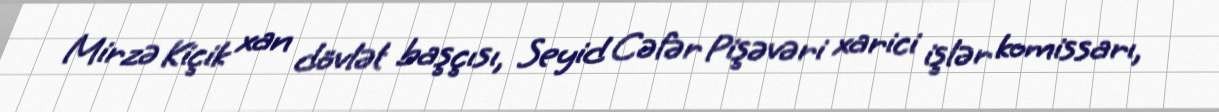
Mirzə Kiçik xan dövlət başçısı, Seyid Cəfər Pişəvəri xarici işlər komissarı,